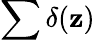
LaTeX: \sum\delta(\mathbf{z})